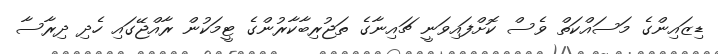
ޑިޒައިންގެ މަސައްކަތް ވެސް ކޮށްފައިވަނީ ޗައިނާގެ ތަޖުރިބާކާރުންގެ ޓީމަކުން ރާއްޖޭގައި ހެދި ދިރާސާ